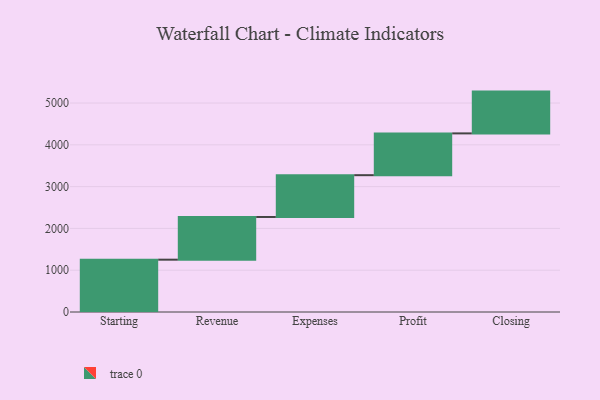
{"axis": {"x": "Step", "y": "Value"}, "legend": [""], "data": [{"x": "Starting", "y": 1252.0, "type": ""}, {"x": "Revenue", "y": 1022.0, "type": ""}, {"x": "Expenses", "y": 1000, "type": ""}, {"x": "Profit", "y": 1000, "type": ""}, {"x": "Closing", "y": 1000, "type": ""}]}